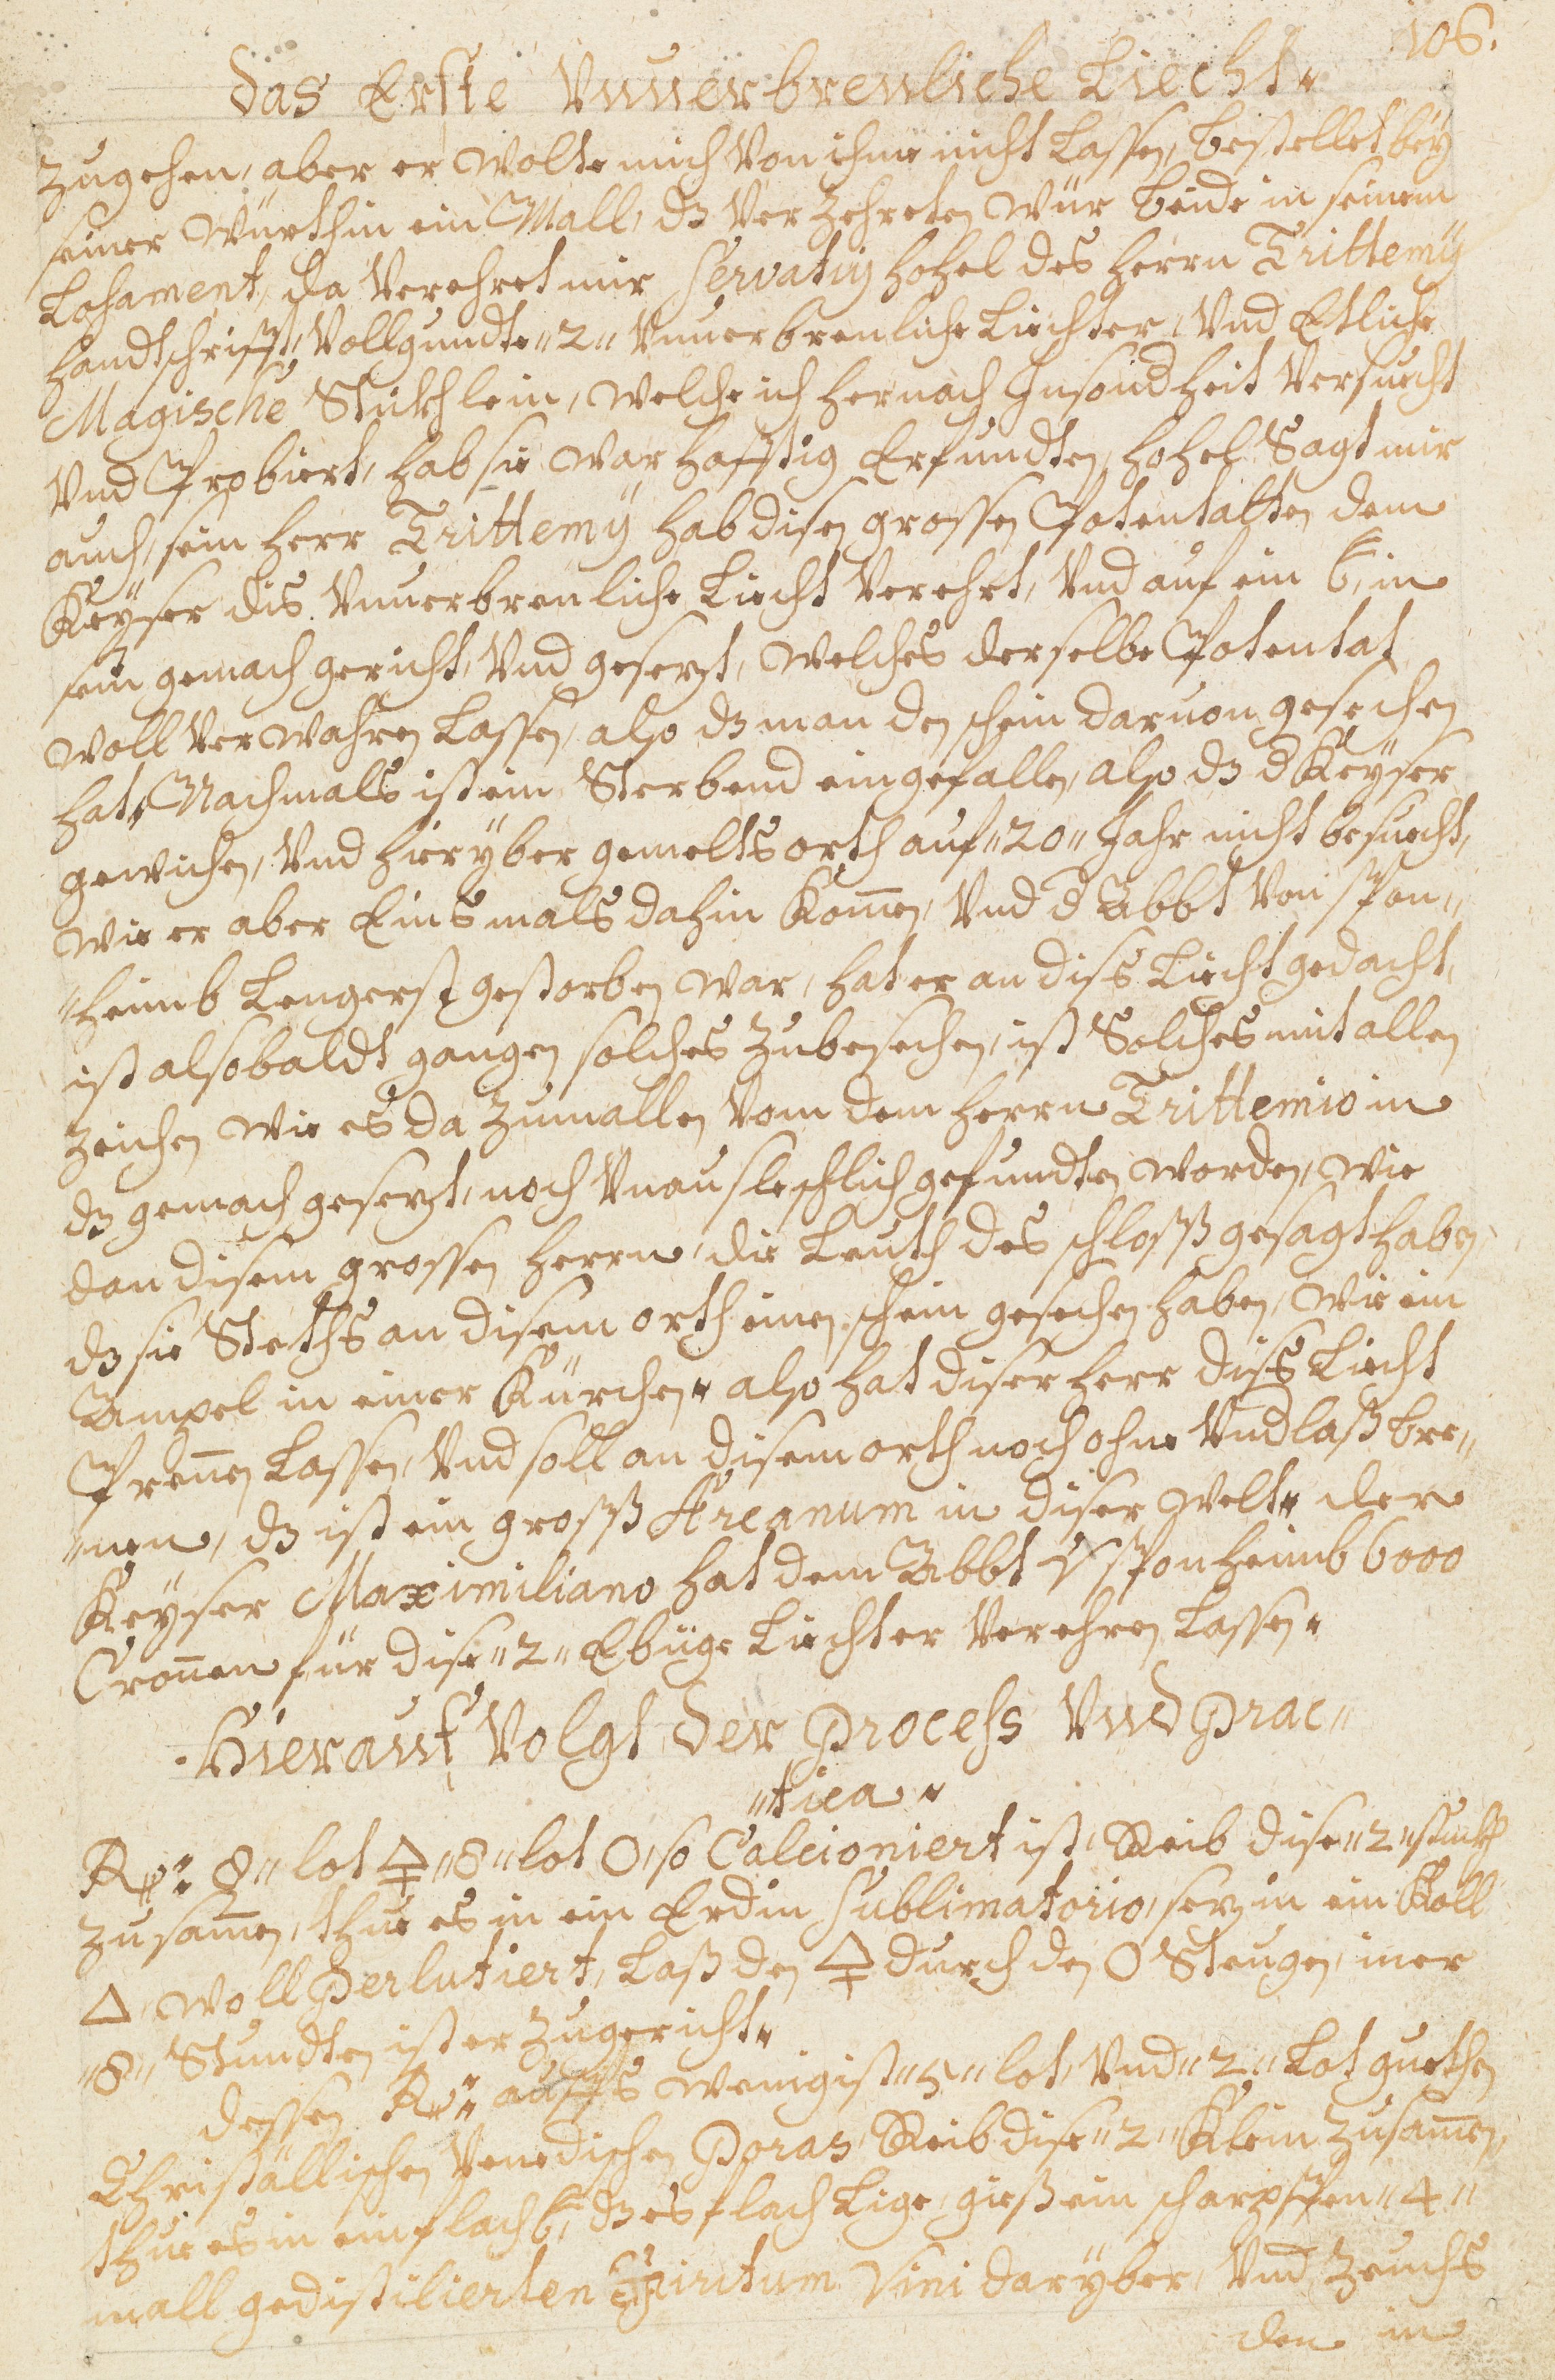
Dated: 1598–1699